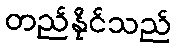
တည်နိုင်သည်